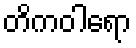
တိကဝါရော